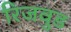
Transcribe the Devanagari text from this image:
रिजवुड